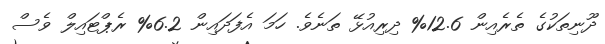
ދޫނިތަކުގެ ތެރެއިން 12.6% ދިރިއުޅޭ ތަނެވެ. ހަމަ އެފަދައިން 6.2% ރެޕްޓައިލް ވެސް